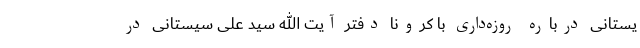
یستانی درباره روزه‌داری با کرونا دفتر آیت الله سید علی سیستانی در